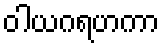
ဝါယဂရဟကာ